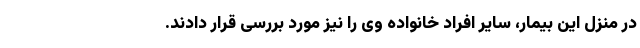
در منزل این بیمار، سایر افراد خانواده وی را نیز مورد بررسی قرار دادند.